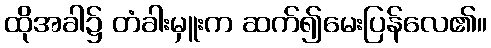
ထိုအခါ၌ တံခါးမှူးက ဆက်၍မေးပြန်လေ၏။